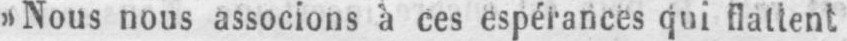
»Nous nous associons à ces espérances qui flattent